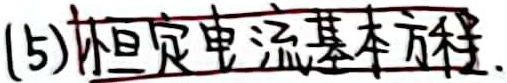
(5) 恒定电流基本方程.